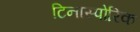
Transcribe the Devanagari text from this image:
टिनास्पोरिक